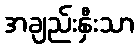
အချည်းနှီးသာ